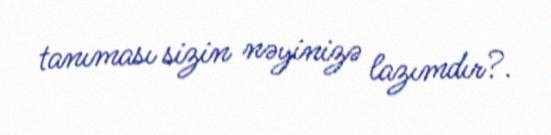
tanıması sizin nəyinizə lazımdır?.